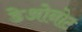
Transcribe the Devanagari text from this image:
डेओनोट